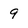
Character: 9